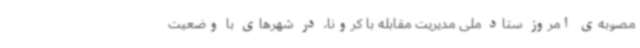
مصوبه‌ی امروز ستاد ملی مدیریت مقابله با کرونا، در شهرهای با وضعیت